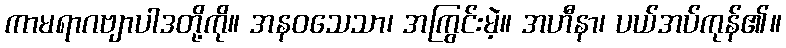
ကာမရာဂဗျာပါဒတို့ကို။ အနဝသေသာ၊ အကြွင်းမဲ့။ အဟီနာ၊ ပယ်အပ်ကုန်၏။